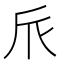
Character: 𠂢